Annual administration report of the Civil Veterinary Department of India - 1894-1895
Year: 1894
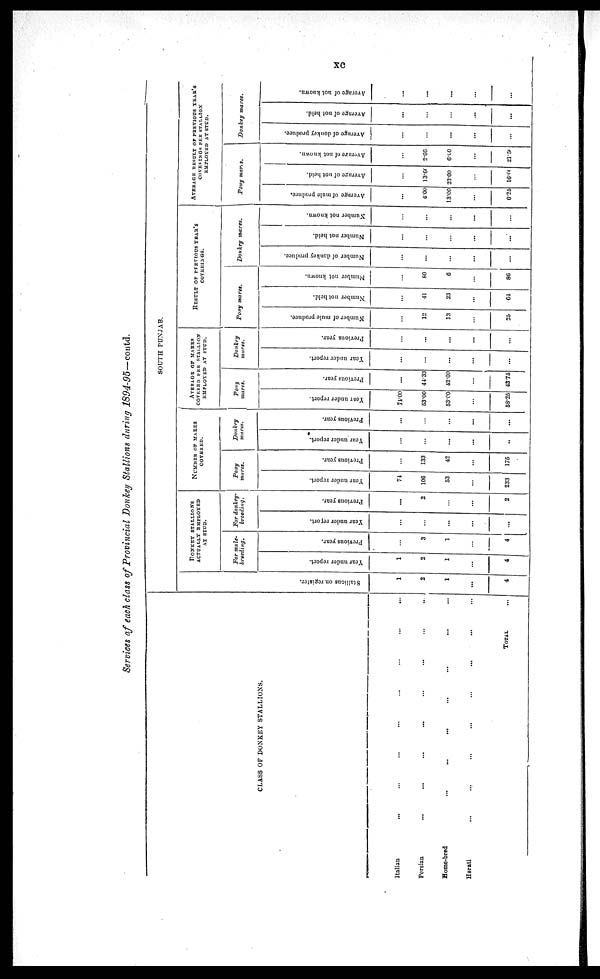
xc
Services of each class of Provincial Donkey Stallions daring 1894-95—contd.
CLASS OF DONKEY STALLIONS.
Italian ... ... ... ... ... ... ... ... ... ...
Persian ... ... ... ... ... ... ... ... ... ...
Home-bred ... ... ... ... ... ... ... ... ...
Herati ... ... ... ... ... ... ... ... ... ...
TOTAL
SOUTH PUNJAB.
St al l
i
ons on register.
1
2
1
...
4
DONKEY STALLIONS
ACTUALLY EMPLOYED
AT STUD.
For mule-
breeding.
Year under report.
1
2
1
...
4
Previous year.
...
3
1
...
4
For donkey-
breeding.
Year under report.
...
...
...
...
...
Previous year.
...
2
...
...
2
NUMBER OF MARES
COVERED.
Pony
mares.
Year under report.
74
106
53
...
233
Previous year.
...
133
42
...
175
Donkey
mares.
Year under report.
...
...
...
...
...
Previous year.
...
...
...
...
...
AVERAGE OF MARES
COVRRED PER STALLION
EMPLOYED AT STUD.
Pony
mares.
Your
under report.
75.00
53.00
53.00
...
58.25
Previous year.
...
44.33
42.00
...
43.75
Donkey
mares.
Year under report.
...
...
...
...
...
Previous year.
...
...
...
...
...
RESULT OF PREVIOUS YEAR'S COVERINGS.
Pony mares.
Number of mule produce.
...
12
13
...
25
Number not held.
...
41
23
...
64
Number not known.
...
80
6
...
86
Donkey
mares.
Number of donkey produce.
...
...
...
...
...
Number not held.
...
...
...
...
...
Number not known.
...
...
...
...
...
AVERAGE RESULT or PREVIOUS YEAR'S
COVERINGS PER STALLION
EMPLOYRD AT STUD.
Pony mares.
Average of mule produce.
...
4.00
13.00
...
6.25
Average of not held.
...
13.60
23.00
...
16.00
Average of not known.
...
2.66
6.00
...
21.50
Donkey
mares.
Average of donkey produce.
...
...
...
...
...
Average of not held.
...
...
...
...
...
Average of not known.
...
...
...
...
...